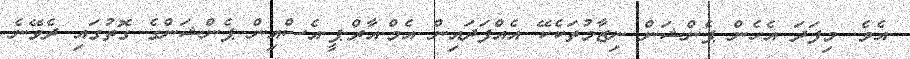
އެވެ. މިފަދަ އެހެން ޕެންޝަން ނިޒާމުތަކެކޭ އެއްފަދައިން އެމް.އާރް.ޕީ.އެސްއިން ޕެންޝަންގެ ގޮތުގައި ދެވޭނެ